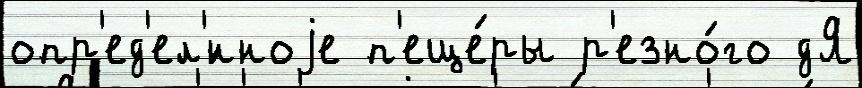
опр'ед'ел'́нноjе п'еще́ры р'езно́го дЯ